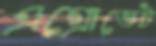
এগ্রোভেট